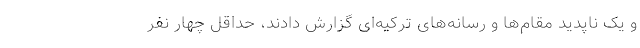
و یک ناپدید مقام‌ها و رسانه‌های ترکیه‌ای گزارش دادند، حداقل چهار نفر